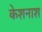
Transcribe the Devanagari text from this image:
केशनाश